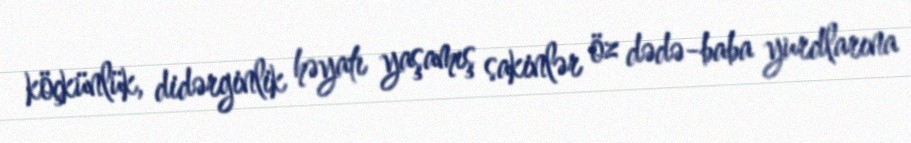
köçkünlük, didərginlik həyatı yaşamış sakinlər öz dədə-baba yurdlarına